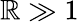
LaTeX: \mathbb{R}\gg1